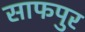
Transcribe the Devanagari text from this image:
साफपुर